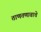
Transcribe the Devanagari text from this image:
ताणतणावाचे